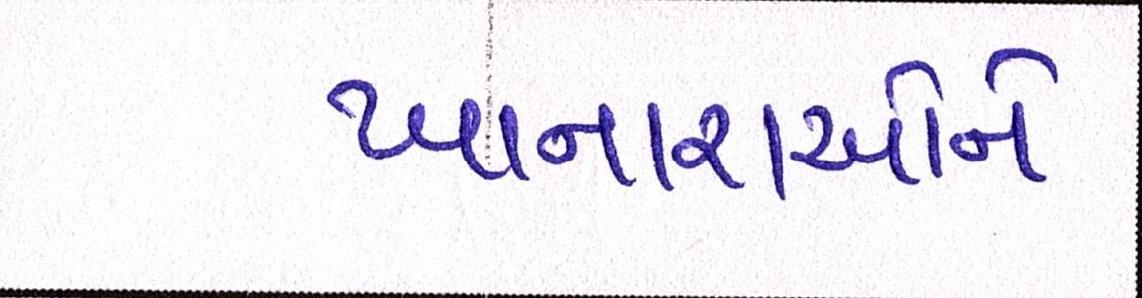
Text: ખાનારાઓને